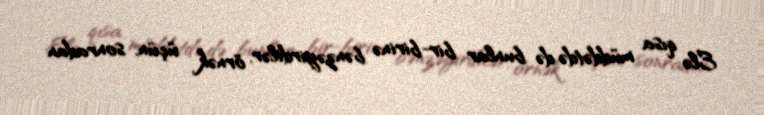
Elə qısa müddətdə də bunlar bir-birinə bənzəyirdilər, örnək üçün, sonradan